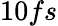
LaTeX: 10fs